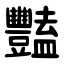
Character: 豔